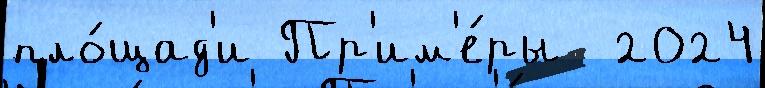
пло́щад'и Пр'им'е́ры  2024